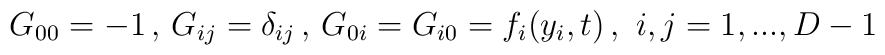
G_{00}=-1 \,,\, G_{ij}=\delta_{ij} \,,\,G_{0i}=G_{i0}=f_i(y_i,t)\, ,\,\,i,j=1,...,D-1